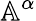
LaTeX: {\mathbb{A}}^{\alpha}